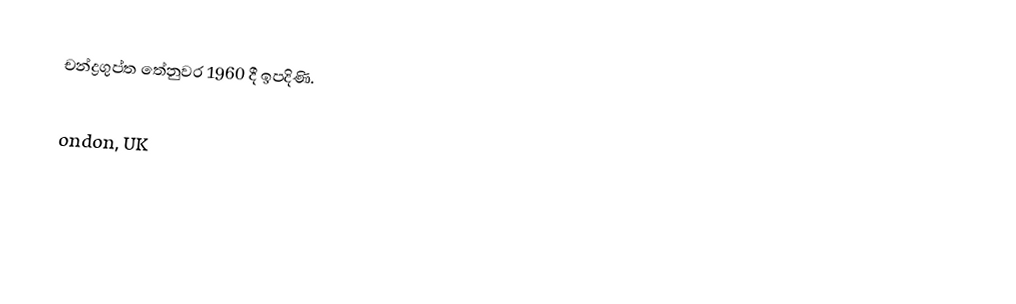
චන්ද්‍රගුප්ත තේනුවර 1960 දී ඉපදිණි.

ondon, UK